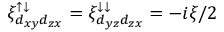
\xi _ { d _ { x y } d _ { z x } } ^ { \uparrow \downarrow } = \xi _ { d _ { y z } d _ { z x } } ^ { \downarrow \downarrow } = - i \xi / 2